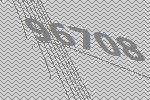
96708